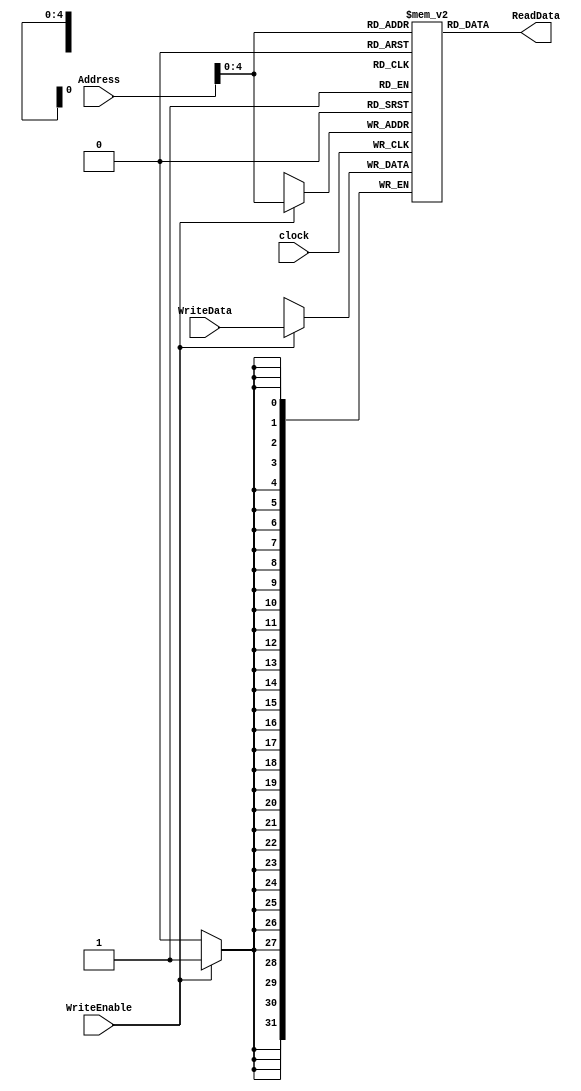
module Memory(Address, WriteData, WriteEnable,clock, ReadData);

	reg [31:0] DataMemory[20:0];
	input [31:0] WriteData, Address;
	input WriteEnable, clock;
	output [31:0] ReadData;
    

	always @(posedge clock) begin
    
		if (WriteEnable == 1) 
			DataMemory[Address] = WriteData;
				
	end
    
	assign ReadData = DataMemory[Address];
    
endmodule